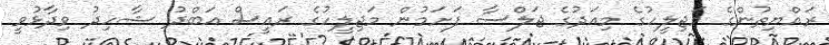
ރައްޔިތުންގެ މަޖިލީހުގެ މިއަދުގެ ޖަލްސާ ފަށަމުން މަޖިލީހުގެ ރައީސް އަބްދު ޝާހިދު ވިދާޅުވީ